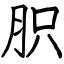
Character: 胑